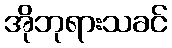
အိုဘုရားသခင်